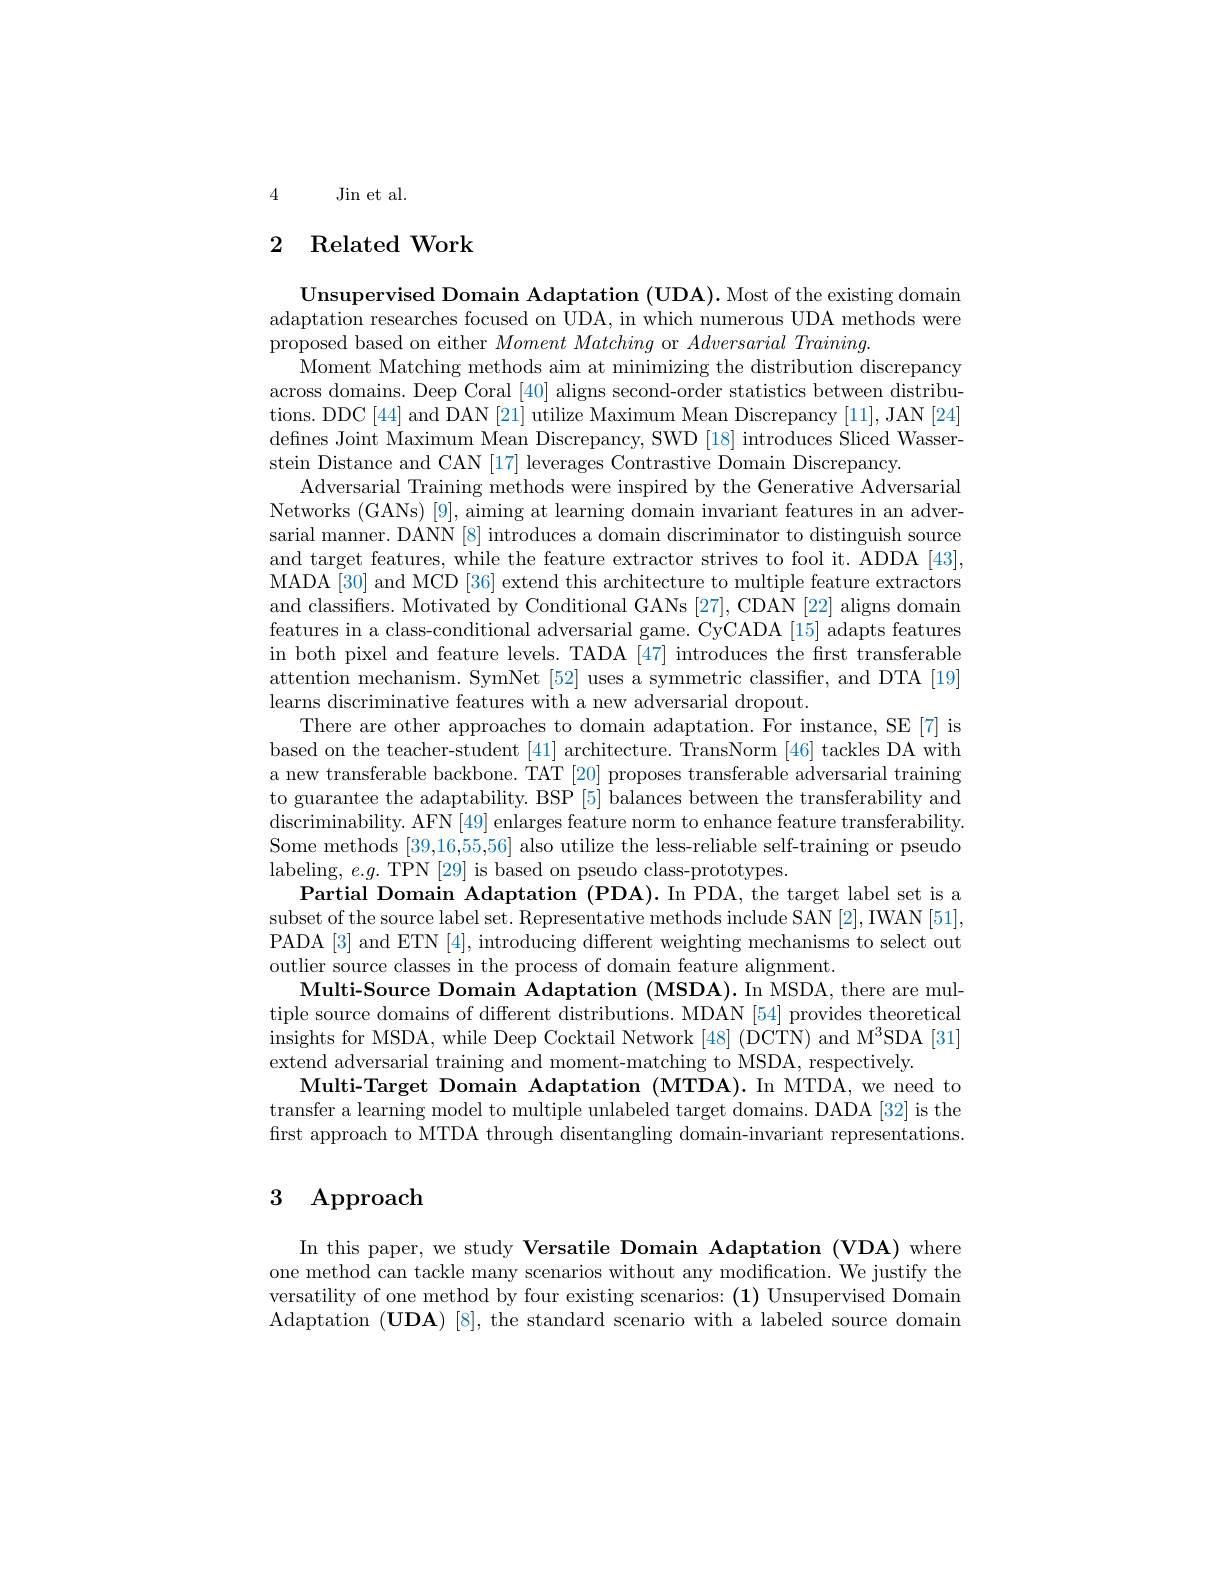
4Jin et al.

## 2 Related Work

Unsupervised Domain Adaptation (UDA). Most of the existing domain adaptation researches focused on UDA, in which numerous UDA methods were proposed based on either $Moment\textit{Matching or }Adversarial\textit{Training}.$
Moment Matching methods aim at minimizing the distribution discrepancy across domains. Deep Coral [40] aligns second-order statistics between distributions. DDC[44] and DAN[21] utilize Maximum Mean Discrepancy [11], JAN [24] defines Joint Maximum Mean Discrepancy, SWD [18] introduces Sliced Wasserstein Distance and CAN [17] leverages Contrastive Domain Discrepancy.
Adversarial Training methods were inspired by the Generative Adversarial Networks (GANs) [9], aiming at learning domain invariant features in an adversarial manner. DANN[8] introduces a domain discriminator to distinguish source and target features, while the feature extractor strives to fool it. ADDA [43], MADA [30] and MCD [36] extend this architecture to multiple feature extractors and classifiers. Motivated by Conditional GANs [27], CDAN [22] aligns domain features in a class-conditional adversarial game. CyCADA [15] adapts features in both pixel and feature levels. TADA [47] introduces the frst transferable attention mechanism. SymNet [52] uses a symmetric classifier, and DTA [19] learns discriminative features with a new adversarial dropout.
There are other approaches to domain adaptation. For instance, SE [7] is based on the teacher-student [41] architecture. TransNorm [46] tackles DA with a new transferable backbone. TAT [20] proposes transferable adversarial training to guarantee the adaptability. BSP [5] balances between the transferability and discriminability. AFN [ 49] enlarges feature norm to enhance feature transferability. Some methods [39,16,55,56] also utilize the less-reliable self-training or pseudo labeling, $e.g.$ TPN [29] is based on pseudo class-prototypes.
Partial Domain Adaptation (PDA). In PDA, the target label set is a subset of the source label set. Representative methods include SAN [2], IWAN [51], PADA [3] and ETN [4], introducing different weighting mechanisms to select out outlier source classes in the process of domain feature alignment.
Multi-Source Domain Adaptation (MSDA). In MSDA, there are multiple source domains of different distributions. MDAN [54] provides theoretical insights for MSDA, while Deep Cocktail Network [48] (DCTN) and M$^3$SDA [31] extend adversarial training and moment-matching to MSDA, respectively.
Multi-Target Domain Adaptation (MTDA).In MTDA, we need to transfer a learning model to multiple unlabeled target domains. DADA [32] is the first approach to MTDA through disentangling domain-invariant representations.

## 3 Approach

In this paper, we study Versatile Domain Adaptation (VDA) where one method can tackle many scenarios without any modification. We justify the versatility of one method by four existing scenarios: (1) Unsupervised Domain Adaptation $(\mathbf{UDA})$ [8], the standard scenario with a labeled source domain